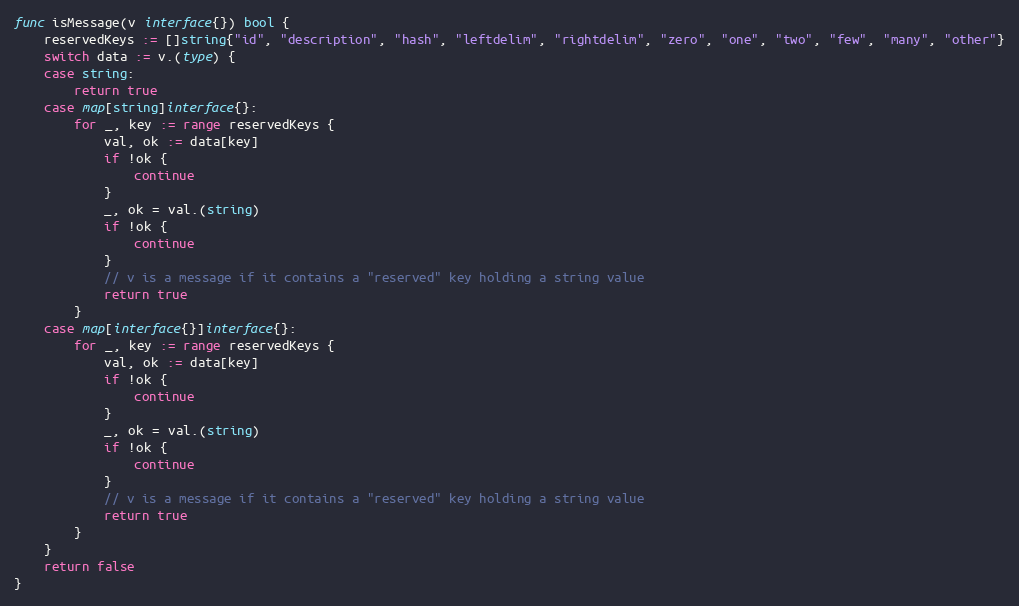
Language: Go
func isMessage(v interface{}) bool {
	reservedKeys := []string{"id", "description", "hash", "leftdelim", "rightdelim", "zero", "one", "two", "few", "many", "other"}
	switch data := v.(type) {
	case string:
		return true
	case map[string]interface{}:
		for _, key := range reservedKeys {
			val, ok := data[key]
			if !ok {
				continue
			}
			_, ok = val.(string)
			if !ok {
				continue
			}
			// v is a message if it contains a "reserved" key holding a string value
			return true
		}
	case map[interface{}]interface{}:
		for _, key := range reservedKeys {
			val, ok := data[key]
			if !ok {
				continue
			}
			_, ok = val.(string)
			if !ok {
				continue
			}
			// v is a message if it contains a "reserved" key holding a string value
			return true
		}
	}
	return false
}